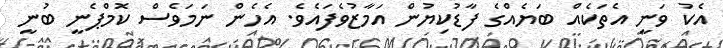
އެކު ވަނީ އެތަކެއް ބަޔެއްގެ ފާޑުކިޔުން އަމާޒުވެފައެވެ. އެހެން ނަމަވެސް ކޮމްޕެނީ ބުނީ